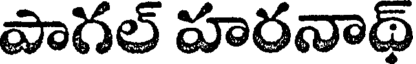
పాగల్ హరనాథ్